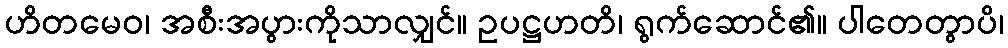
ဟိတမေဝ၊ အစီးအပွားကိုသာလျှင်။ ဥပဋ္ဌဟတိ၊ ရွက်ဆောင်၏။ ပါတေတွာပိ၊